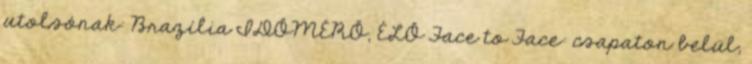
utolsónak: Brazília IDŐMÉRŐ, ÉLŐ Face to Face: csapaton belül,